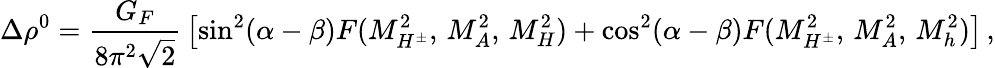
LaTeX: \Delta\rho^{0}={\frac{G_{F}}{8\pi^{2}\sqrt 2}}\left[\sin^{2}(\alpha-\beta)F(M_{H^{\pm}}^{2},\, M_{A}^{2},\, M_{H}^{2})+\cos^{2}(\alpha-\beta)F(M_{H^{\pm}}^{2},\, M_{A}^{2},\, M_{h}^{2})\right]\, ,